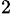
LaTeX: _{\textrm{2}}